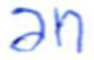
Text: an
Cross-out: clean
Writing tool: ballpoint